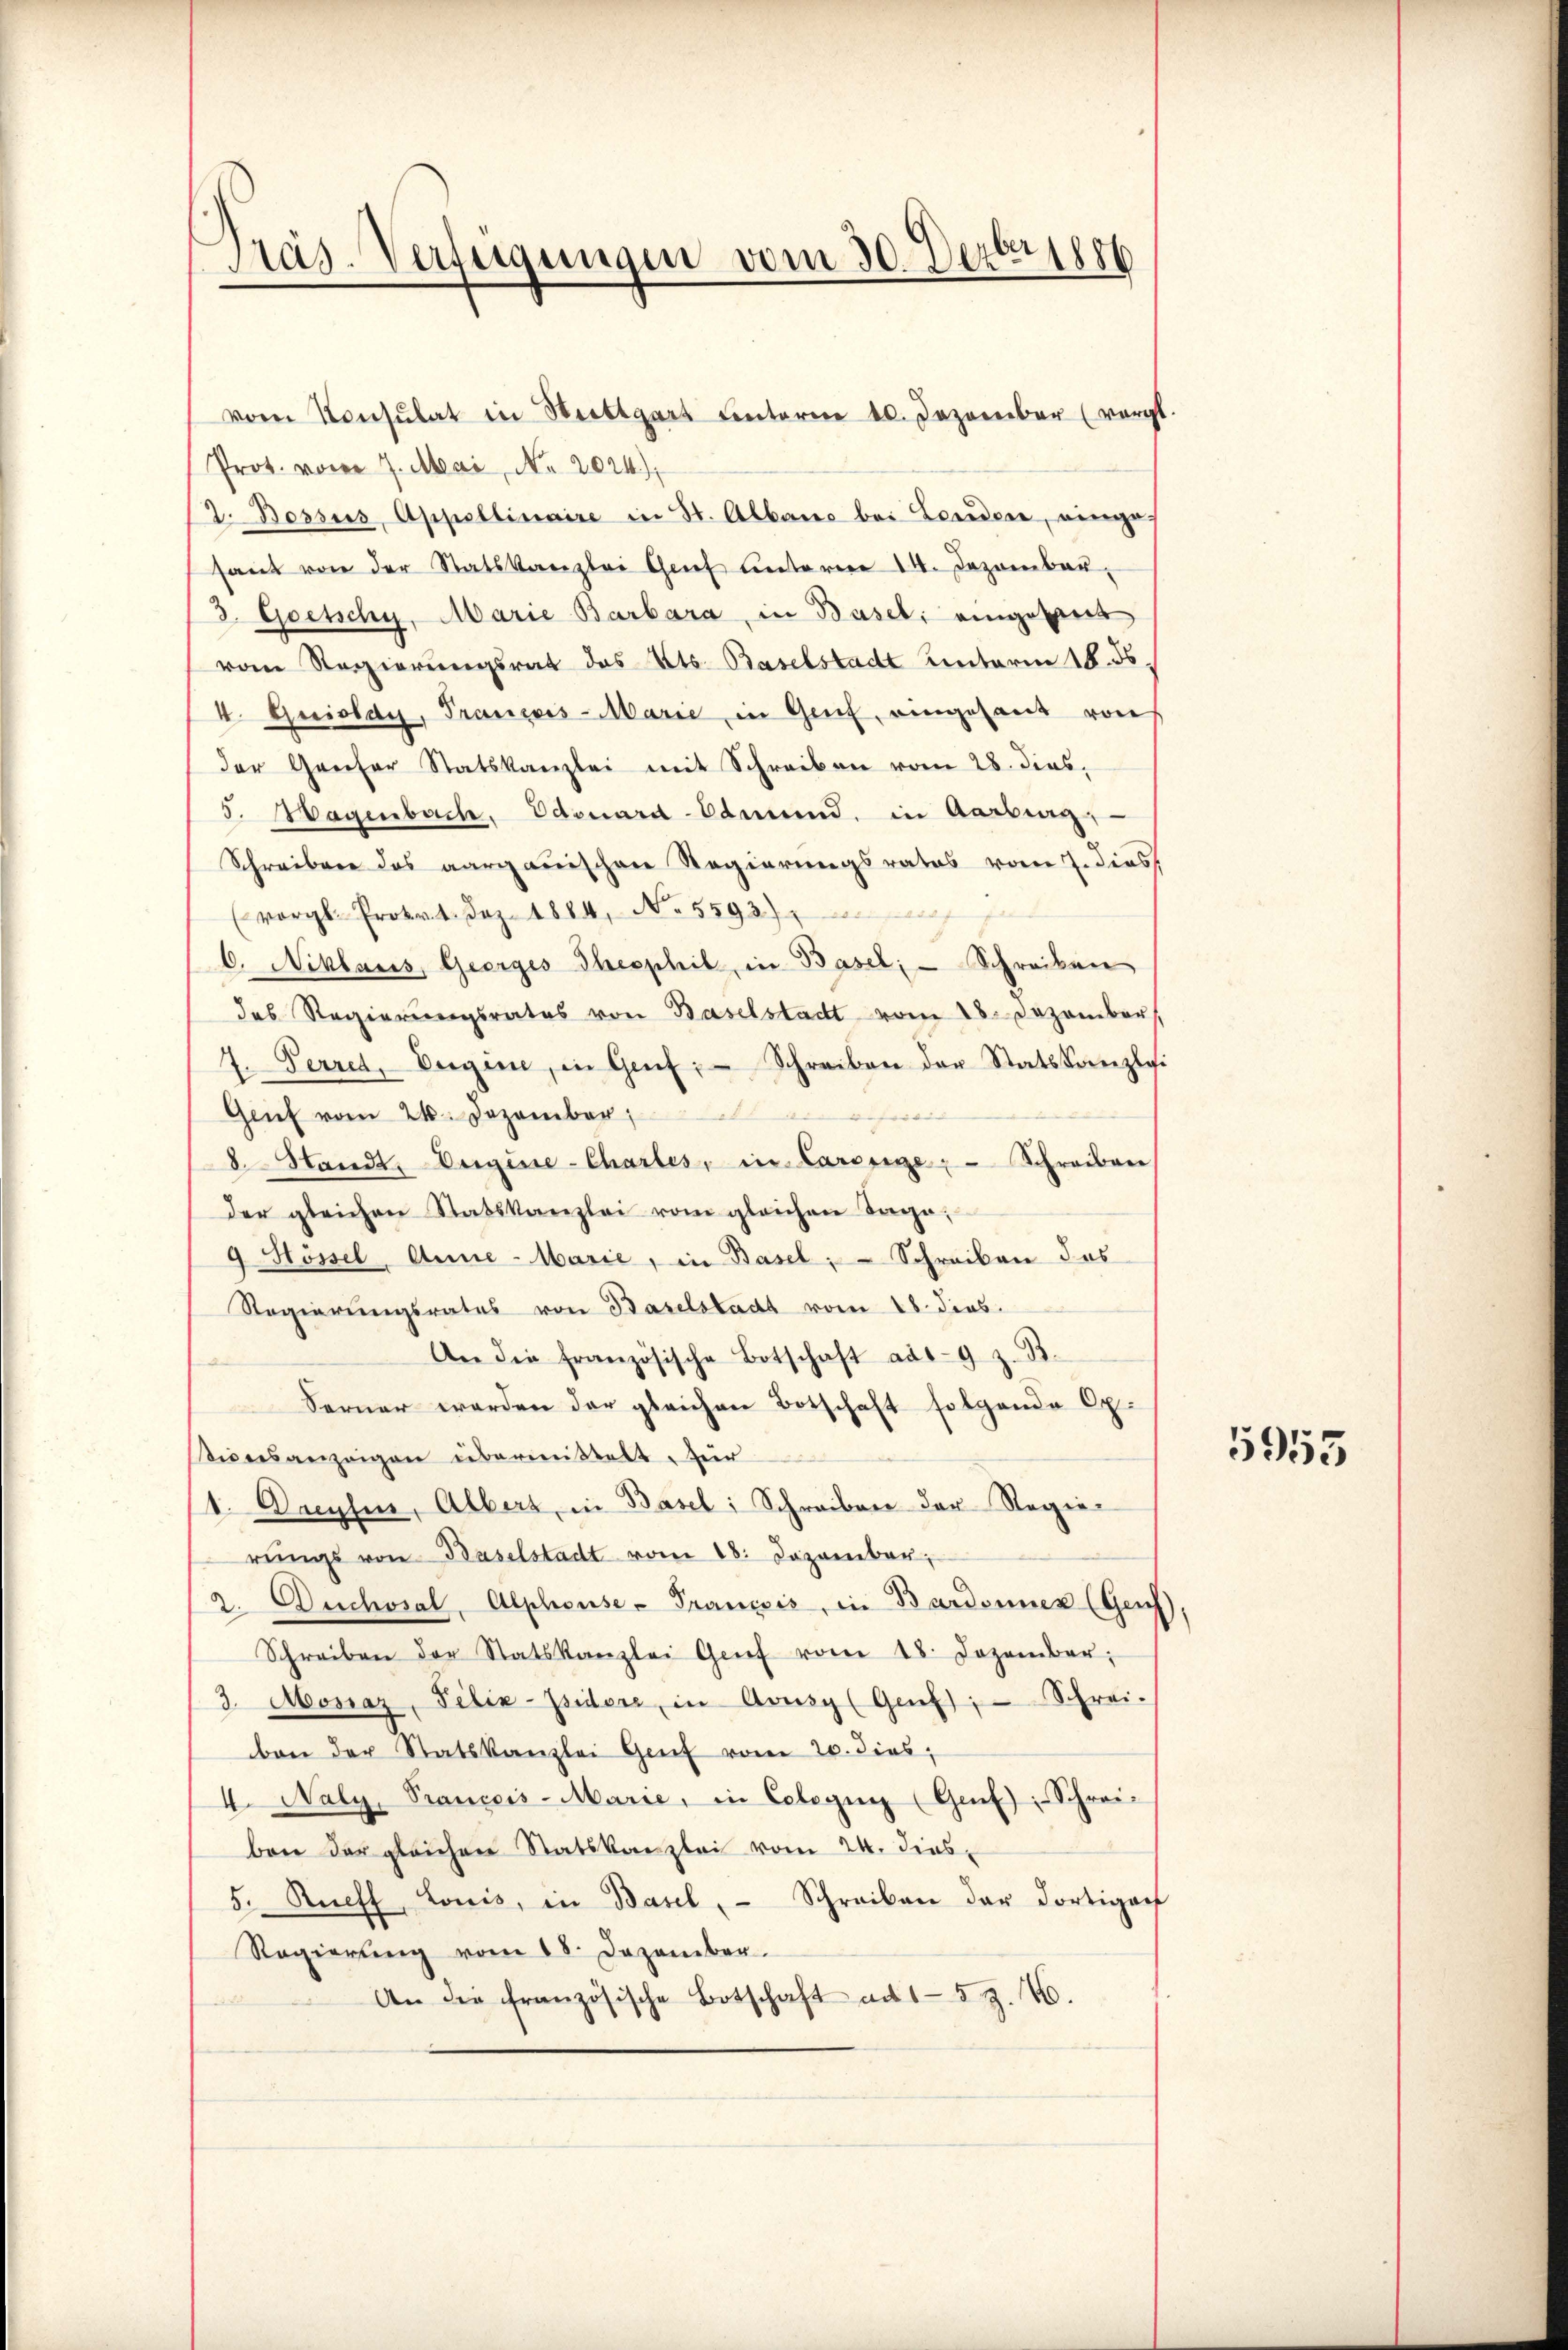
Präs. Verfügungen vom 30. Dezbr 1886

vom Konsulat in Stuttgart unterne 10. Dezember (vorgt.
Prot. vom 7. Mai, No. 2024)
2. Bossus, Appellinaire in St. Abbano bei Landen, einges
sant von der Statskanzlei Genf unterer 14. Dezember
3. Goetschy, Marie Barbara, in Basel, eingebaut
vom Regierungsrat des Kts. Baselstadt Unterm 18. ds
4. Quioldy, François-Marie in Genf, eingesant von
der Greifer Statskanzlei mit Schreiben vom 28. dies,
5. Hagenbach, Edouard Edmund. in Aarburg,
Schreiben des aargauischen Regierungsrates vom 7. dies
(vergl. Protot. Dez. 1884, No 5593)
b. Niklaus, Geerges Thesphil, in Basel; — Schreiben
des Regierungsrates von Baselstadt vom 18. Dezember
4. Perret, Verger, in Genf, Schreiben der Statskanzlei
Gent vom 24. Dezember
8. Stand, begine-Chartes, in Larosige Schreiben
der gleichen Ratskanzlei vom gleichen Tage;
9 Hössel, Anne - Marie, in Basel, Schreiben des
Regierungsrates von Baselstadt vom 18. dies
An die französische Botschaft ad 19 z. B.
Ferner werden der gleichen Botschaft folgende Cp.
sticesanzeigen übermittelt. Zür
1. Decylin, Albers, in Basel: Schreiben der Regier
rŭngs von Baselstadt vom 18. Dezember,
2. Duchoral. Alphonse- Prancois, in Bardonner (Gen
Schreiben der Statskanzlei Genf vom 18. Dezember.
3. Monaz, Felix-Tsider, in Avusy (Genf), Schrei-
ben der Statskanzlei Genf vom 20. dies,
4. Naly, Pranccis-Marie, in Cobeginn (Genf), Schrei-
ben der gleichen Statskanzlei vom 24. dies
5. Recht, Lonis, in Basel, Schreiben der dortiger
Regierung vom 18. Dezember.
An die französische Botschaft ad 15 S. 46.

5955